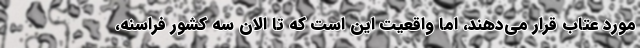
مورد عتاب قرار می‌دهند، اما واقعیت این است که تا الان سه کشور فراسنه،